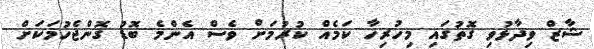
ޝާޒް ވިދާޅުވި ގޮތުގައި މިހުރިހާ ކަމެއް ކުރުމަށް ވެސް އެންމެ ބޮޑު ގޮންޖެހުމަކަށް